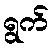
ရွက်